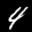
Label: 4